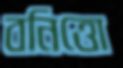
বনিত্তো